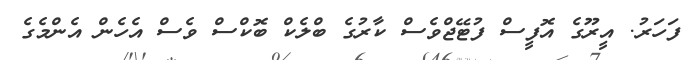
ފަހަރު. އީރޫގެ އޮފީސް ފުޓޭޖްވެސް ކާރުގެ ބްލެކް ބޮކްސް ވެސް އެހެން އެންމެގެ